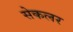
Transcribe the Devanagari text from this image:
सेकलर